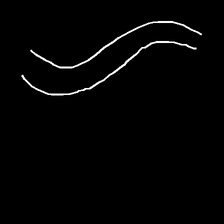
Glyph: float